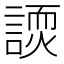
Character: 𬢽